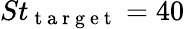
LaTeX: St_{\mathrm{~t~a~r~g~e~t~}}=40